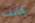
كانت